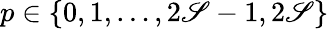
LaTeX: p\in\{ 0,1,\ldots,2\mathscr{S}-1,2\mathscr{S}\}